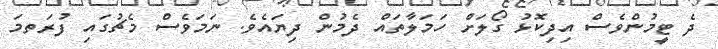
ދެ ޓީމުންވެސް އިދިކޮޅު ގޯލަށް ހަމަލާތައް ދެމުން ދިޔައެވެ. ނަމަވެސް މެޗުގައި ފުރަތމަ